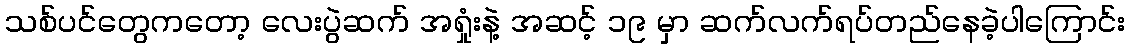
သစ်ပင်တွေကတော့ လေးပွဲဆက် အရှုံးနဲ့ အဆင့် ၁၉ မှာ ဆက်လက်ရပ်တည်နေခဲ့ပါကြောင်း